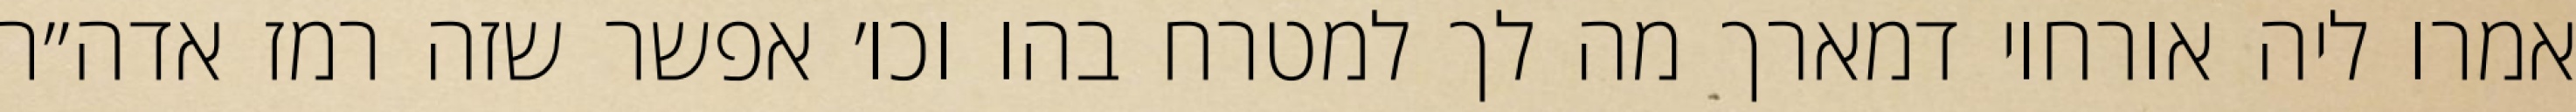
אמרו ליה אורחוי דמארך מה לך למטרח בהו וכו׳ אפשר שזה רמז אדה״ר